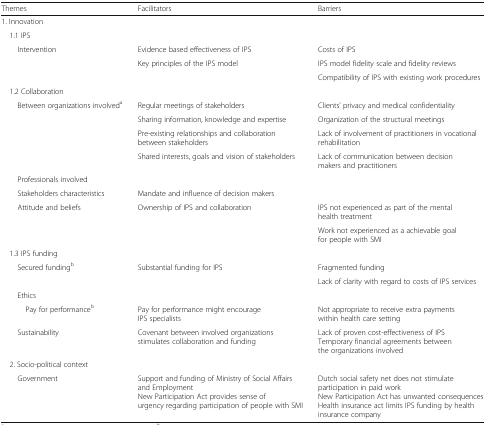
| Themes | Facilitators | Barriers |
 | --- | --- | --- |
 | <COLSPAN=3> 1. Innovation |
 | <COLSPAN=3> 1.1 IPS |
 | Intervention | Evidence based effectiveness of IPS | Costs of IPS |
 |  | Key principles of the IPS model | IPS model fidelity scale and fidelity reviews |
 |  |  | Compatibility of IPS with existing work procedures |
 | <COLSPAN=3> 1.2 Collaboration |
 | Between organizations involveda | Regular meetings of stakeholders | Clients’ privacy and medical confidentiality |
 |  | Sharing information, knowledge and expertise | Organization of the structural meetings |
 |  | Pre-existing relationships and collaboration between stakeholders | Lack of involvement of practitioners in vocational rehabilitation |
 |  | Shared interests, goals and vision of stakeholders | Lack of communication between decision makers and practitioners |
 | <COLSPAN=3> Professionals involved |
 | Stakeholders characteristics | Mandate and influence of decision makers |  |
 | Attitude and beliefs | Ownership of IPS and collaboration | IPS not experienced as part of the mental health treatment |
 |  |  | Work not experienced as a achievable goal for people with SMI |
 | <COLSPAN=3> 1.3 IPS funding |
 | Secured fundingb | Substantial funding for IPS | Fragmented funding |
 |  |  | Lack of clarity with regard to costs of IPS services |
 | <COLSPAN=3> Ethics |
 | Pay for performanceb | Pay for performance might encourage IPS specialists | Not appropriate to receive extra payments within health care setting |
 | Sustainability | Covenant between involved organizations stimulates collaboration and funding | Lack of proven cost-effectiveness of IPSTemporary financial agreements between the organizations involved |
 | <COLSPAN=3> 2. Socio-political context |
 | Government | Support and funding of Ministry of Social Affairs and EmploymentNew Participation Act provides sense of urgency regarding participation of people with SMI | Dutch social safety net does not stimulate participation in paid workNew Participation Act has unwanted consequencesHealth insurance act limits IPS funding by health insurance company |